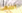
الجبهي